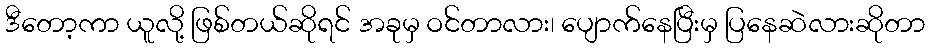
ဒီတော့ကာ ယူလို့ ဖြစ်တယ်ဆိုရင် အခုမှ ဝင်တာလား၊ ပျောက်နေပြီးမှ ပြနေဆဲလားဆိုတာ